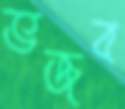
ভজব